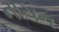
નાચન